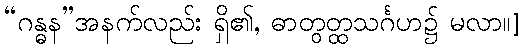
“ဂန္ဓန”အနက်လည်း ရှိ၏, ဓာတွတ္ထသင်္ဂဟ၌ မလာ။]